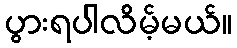
ပွားရပါလိမ့်မယ်။